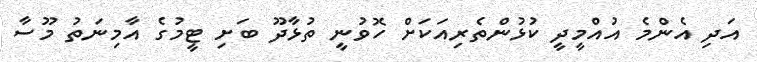
އަދި އެންމެ އުއްމީދީ ކުޅުންތެރިއަކަށް ހޮވުނީ ތުޅާދޫ ބަށި ޓީމުގެ އާމިނަތު މޫސާ